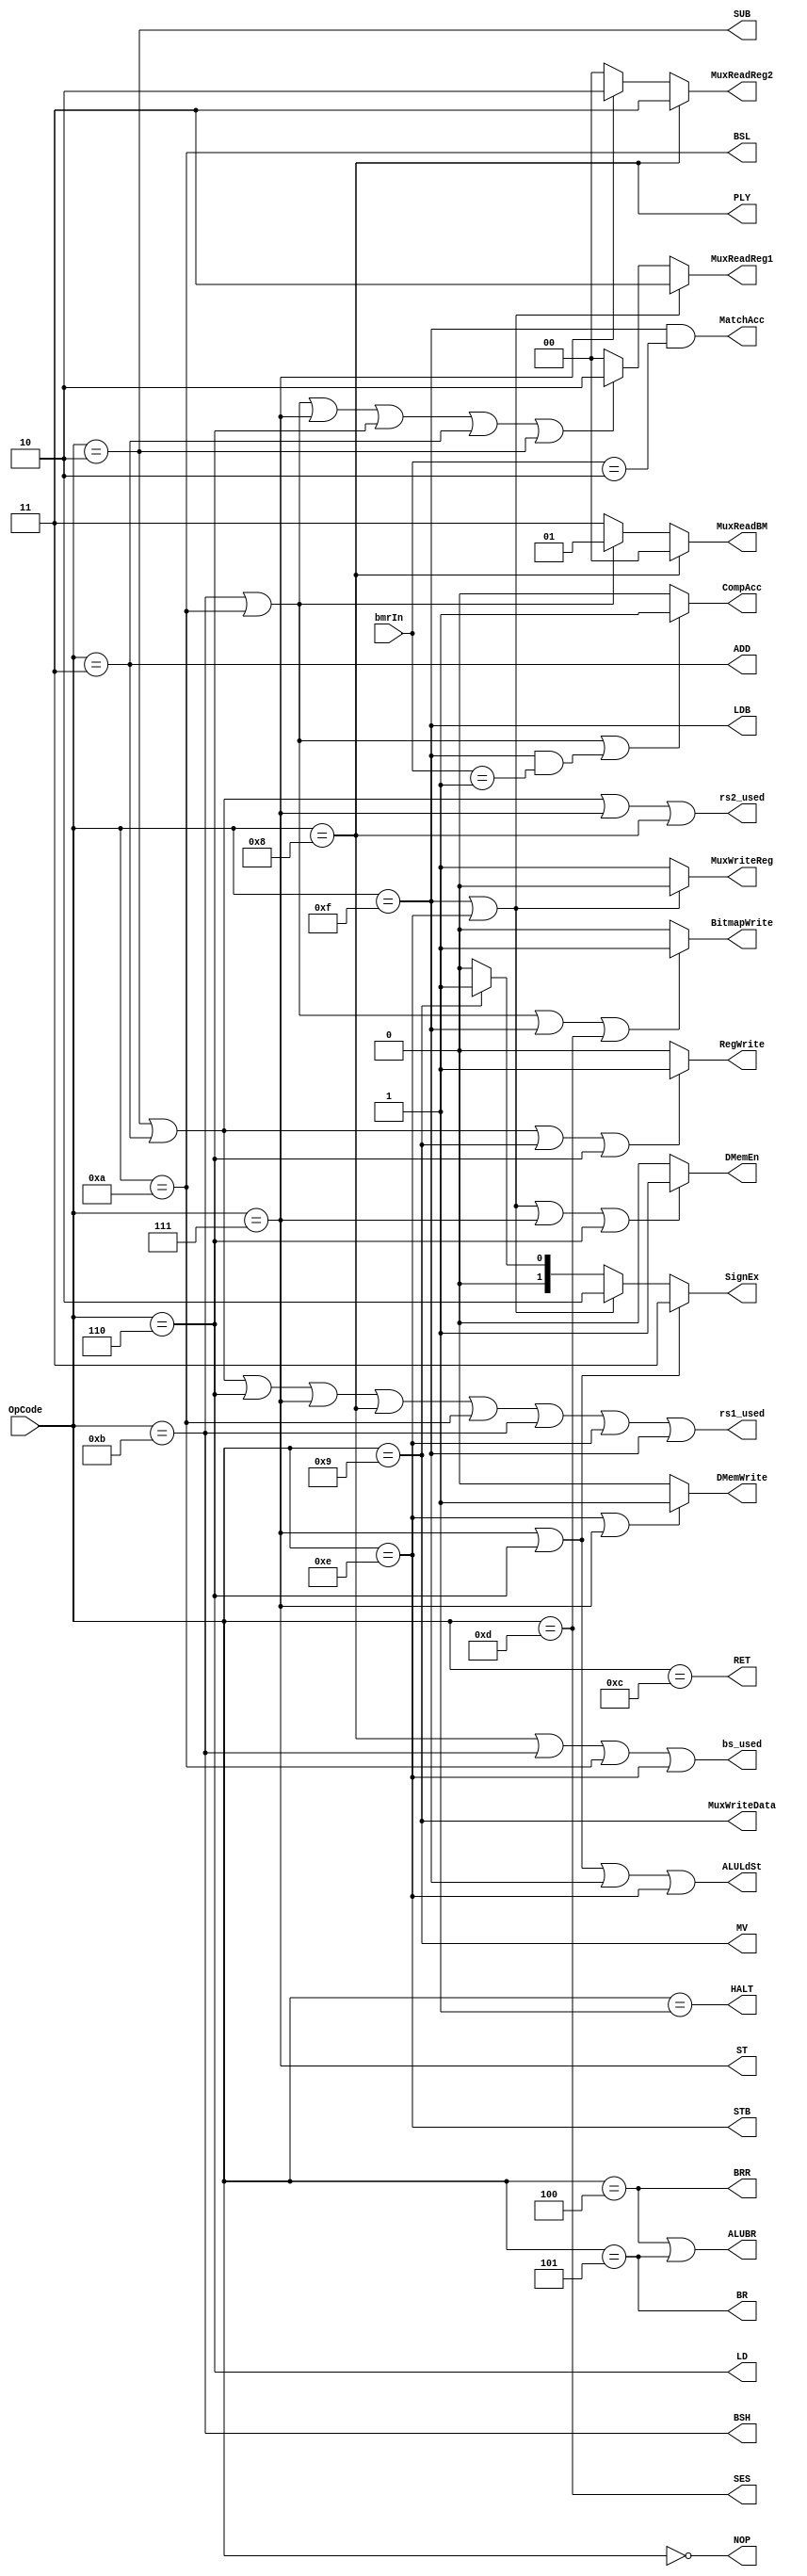
module controller (OpCode, bmrIn, RegWrite, BitmapWrite, DMemWrite, DMemEn, SignEx, MatchAcc, CompAcc, ALUBR, ALULdSt, MuxReadBM, MuxReadReg1, MuxReadReg2, MuxWriteReg, MuxWriteData, rs1_used, rs2_used, bs_used, 
					NOP, HALT, SUB, ADD, BRR, BR, LD, ST, PLY, MV, BSL, BSH, RET, SES, STB, LDB);


input [3:0] 	OpCode;
input [1:0]		bmrIn; 

output			RegWrite, BitmapWrite, DMemWrite, DMemEn, MatchAcc, CompAcc, ALUBR, ALULdSt, MuxWriteReg, MuxWriteData, rs1_used, rs2_used, bs_used, 
				NOP, HALT, SUB, ADD, BRR, BR, LD, ST, PLY, MV, BSL, BSH, RET, SES, STB, LDB;
output [1:0]	SignEx, MuxReadReg1, MuxReadBM, MuxReadReg2;

wire	NOPw, HALTw, SUBw, ADDw, BRRw, BRw, LDw, STw, PLYw, MVw, BSLw, BSHw, RETw, SESw, STBw, LDBw;

assign NOPw  = (OpCode == 4'b0000);
assign HALTw = (OpCode == 4'b0001);
assign SUBw  = (OpCode == 4'b0010);
assign ADDw  = (OpCode == 4'b0011);
assign BRRw  = (OpCode == 4'b0100);
assign BRw   = (OpCode == 4'b0101);
assign LDw   = (OpCode == 4'b0110);
assign STw   = (OpCode == 4'b0111);
assign PLYw  = (OpCode == 4'b1000);
assign MVw   = (OpCode == 4'b1001);
assign BSLw  = (OpCode == 4'b1010);
assign BSHw  = (OpCode == 4'b1011);
assign RETw  = (OpCode == 4'b1100);
assign SESw  = (OpCode == 4'b1101);
assign STBw  = (OpCode == 4'b1110);
assign LDBw  = (OpCode == 4'b1111);

assign DMemEn = (LDBw|STBw|STw|LDw) ? 1 : 0;
assign DMemWrite = (STBw|STw) ? 1 : 0;
assign SignEx = (STw|LDw) ? 2'b11 :
				(LDBw|STBw) ? 2'b10 :
				(MVw) ? 2'b01 : 2'b00;
assign CompAcc = (BSHw | BSLw | (LDBw && (bmrIn == 2'b01))) ? 1 : 0;
assign MatchAcc = (LDBw && (bmrIn == 2'b10));

assign rs1_used = (SUBw | ADDw | LDw | STw | PLYw | BSLw | BSHw | STBw | LDBw);
assign rs2_used = (SUBw | ADDw | STw | PLYw);
assign bs_used = (PLYw | BSHw | BSLw | STBw);
assign ALUBR = (BRRw | BRw);
assign ALULdSt = (LDw | STw | LDBw | STBw);

//Register files input

assign RegWrite = (SUBw|ADDw|MVw|LDw) ? 1 : 0;
assign BitmapWrite = (BSHw|BSLw|LDBw|SESw) ? 1 : 0;
assign MuxReadBM = PLYw ? 2'b00 : (BSLw | BSHw) ? 2'b01 : 2'b11;
assign MuxReadReg2 = PLYw ? 2'b11 :(STw) ? 2'b10 : 2'b00;
assign MuxReadReg1 = (STBw | LDBw) ? 2'b11 : (BSHw | BSLw | STw | LDw | ADDw | SUBw) ? 2'b10 : 2'b00;
assign MuxWriteReg = (STBw | LDBw) ? 0 : 1;
assign MuxWriteData = (MVw);

//instructions

assign NOP  = NOPw;
assign HALT = HALTw;
assign SUB  = SUBw;
assign ADD  = ADDw;
assign BRR  = BRRw;
assign BR   = BRw;
assign LD   = LDw;
assign ST   = STw;
assign PLY  = PLYw;
assign MV   = MVw;
assign BSL  = BSLw;
assign BSH  = BSHw;
assign RET  = RETw;
assign SES  = SESw;
assign STB  = STBw;
assign LDB  = LDBw;


endmodule